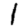
Digit: 1